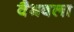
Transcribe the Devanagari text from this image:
वैभवला